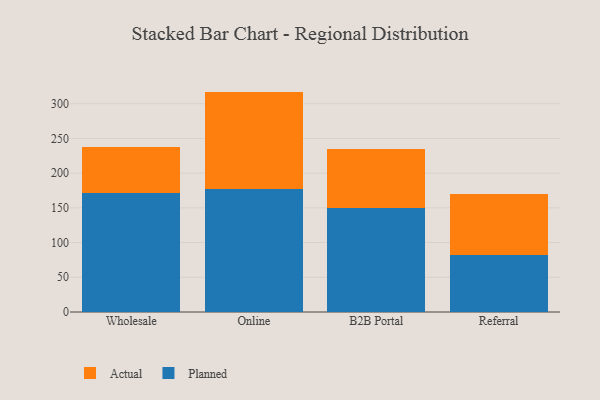
{"axis": {"x": "Channel", "y": "Churn Rate (%)"}, "legend": ["Actual", "Planned"], "data": [{"x": "Wholesale", "y": 171.5, "type": "Planned"}, {"x": "Wholesale", "y": 66.5, "type": "Actual"}, {"x": "Online", "y": 177.2, "type": "Planned"}, {"x": "Online", "y": 140.3, "type": "Actual"}, {"x": "B2B Portal", "y": 149.6, "type": "Planned"}, {"x": "B2B Portal", "y": 85.9, "type": "Actual"}, {"x": "Referral", "y": 81.7, "type": "Planned"}, {"x": "Referral", "y": 88.2, "type": "Actual"}]}